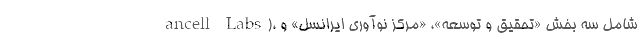
ancell Labs)، شامل سه بخش «تحقیق و توسعه»، «مرکز نوآوری ایرانسل» و